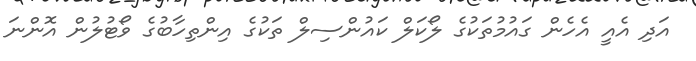
އަދި އެއީ އެހެން ގައުމުތަކުގެ ލޯކަލް ކައުންސިލް ތަކުގެ އިންތިހާބުގެ ވޯޓުލުން އޮންނަ